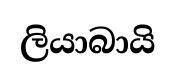
ලියාබායි